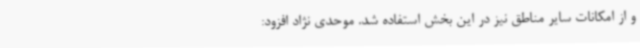
و از امکانات سایر مناطق نیز در این بخش استفاده شد. موحدی نژاد افزود: